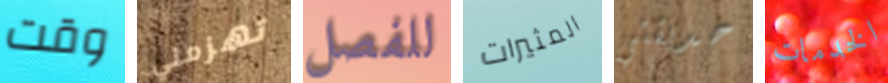
وقت تهزمني للفصل المثيرات حديقتي الخدمات